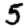
Digit: 5